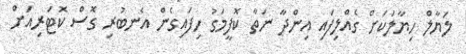
ލަޔާލް ހިޔާލަކަށް ގެއްލިފައި އިންދާ ނަތާ ކޮފީމަގު ހިފައިގެން އެނބުރި ގޮސް ކޮޓަރިއަށް